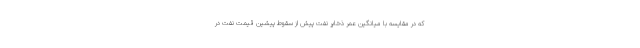
که در مقایسه با میانگین عمر ذخایر نفت پیش از سقوط پیشین قیمت نفت در